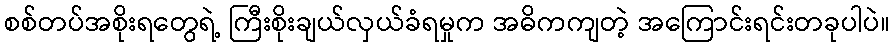
စစ်တပ်အစိုးရတွေရဲ့ ကြီးစိုးချယ်လှယ်ခံရမှုက အဓိကကျတဲ့ အကြောင်းရင်းတခုပါပဲ။